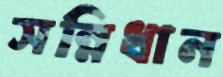
সন্নিধান